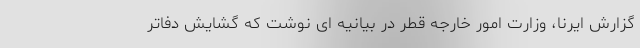
گزارش ایرنا، وزارت امور خارجه قطر در بیانیه ای نوشت که گشایش دفاتر